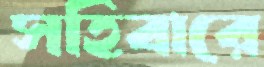
সহিবারে